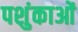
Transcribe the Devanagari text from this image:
पशुंकाओं